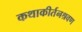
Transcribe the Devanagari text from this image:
कथाकीर्तनश्रवण